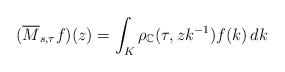
LaTeX: \begin{align*}(\overline{M}_{s,\tau}f)(z)=\int_{K}\rho_{\mathbb{C}}(\tau,zk^{-1})f(k)\,dk\end{align*}